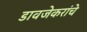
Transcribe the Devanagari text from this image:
डावजेकरांचे